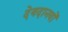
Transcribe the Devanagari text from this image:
देवदानवों